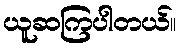
ယူဆကြပါတယ်။